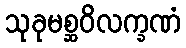
သုခုမစ္ဆဝိလက္ခဏံ